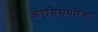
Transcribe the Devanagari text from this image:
ओएसिसमेरिका